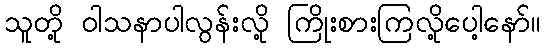
သူတို့ ဝါသနာပါလွန်းလို့ ကြိုးစားကြလို့ပေါ့နော်။